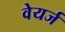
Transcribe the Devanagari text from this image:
वेयर्ज